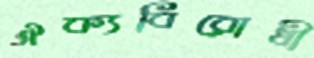
ঐক্যবিরোধী